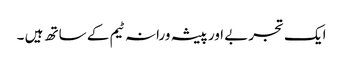
ایک تجربے اور پیشہ ورانہ ٹیم کے ساتھ ہیں ۔